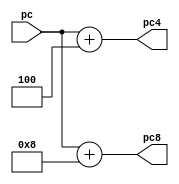
`timescale 1ns / 1ps
//////////////////////////////////////////////////////////////////////////////////
// Company: 
// Engineer: 
// 
// Design Name: 
// Module Name:    ADD4 
// Project Name: 
// Target Devices: 
// Tool versions: 
// Description: 
//
// Dependencies: 
//
// Revision: 
// Revision 0.01 - File Created
// Additional Comments: 
//
//////////////////////////////////////////////////////////////////////////////////
module ADD4(
	input [31:0] 	pc,
	output [31:0] 	pc4,
	output [31:0]	pc8
    );
	 
	 assign pc4 = pc+4;
	 assign pc8 = pc+8;


endmodule